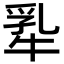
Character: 𬌢